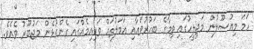
ހަމަ މިއުސޫލުން މަޖިލީހުގައި ތިމާގެ ބަހުރުވައާއި އަމަލުތައް ވަކިއިމެއްގައި ގެންގުޅެން މަޖުބޫރު ވެއެވެ.